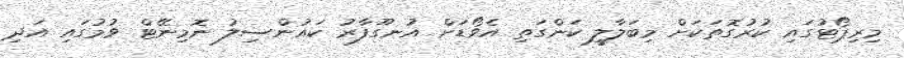
މިރިޕޯޓުގައި ކުރުގޮތަކަށް މިބަލާލީ ކަންގަތި އެވޯޑަށް އުނގޫފާރު ކައުންސިލު ނޮމިނޭޓް ވުމުގައި އަދި